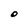
Character: O